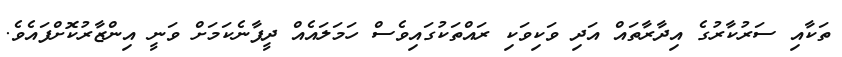
ތަކާއި ސަރުކާރުގެ އިދާރާތައް އަދި ވަކިވަކި ރައްތަކުގައިވެސް ހަމަލައެއް ދީފާނެކަމަށް ވަނީ އިންޒާރުކޮށްފައެވެ.